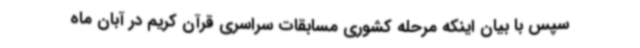
سپس با بیان اینکه مرحله کشوری مسابقات سراسری قرآن کریم در آبان ماه